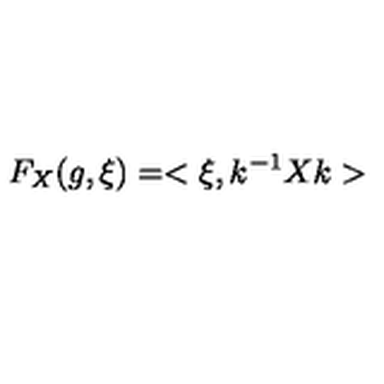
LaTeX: F _ { X } ( g , \xi ) = < \xi , k ^ { - 1 } X k >